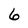
Character: 6